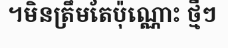
។មិនត្រឹមតែប៉ុណ្ណោះ ថ្មីៗ